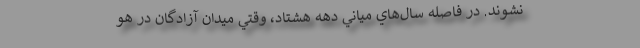
نشوند. در فاصله سال‌هاي مياني دهه هشتاد، وقتي ميدان آزادگان در هو